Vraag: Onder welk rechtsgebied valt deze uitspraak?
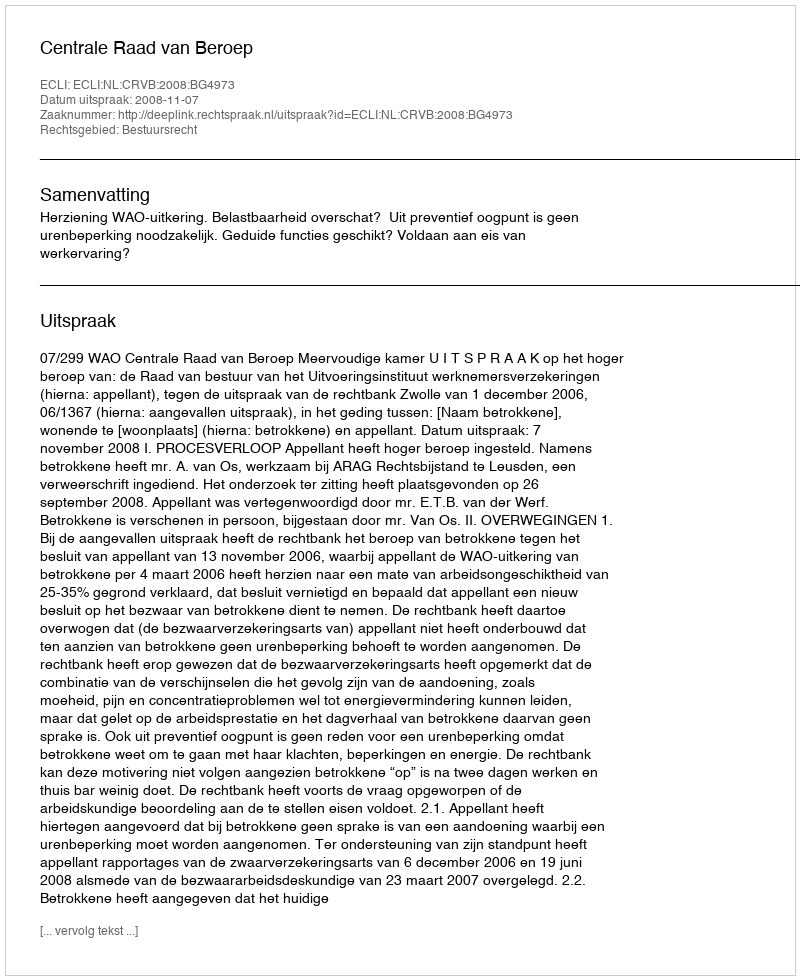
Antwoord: Bestuursrecht